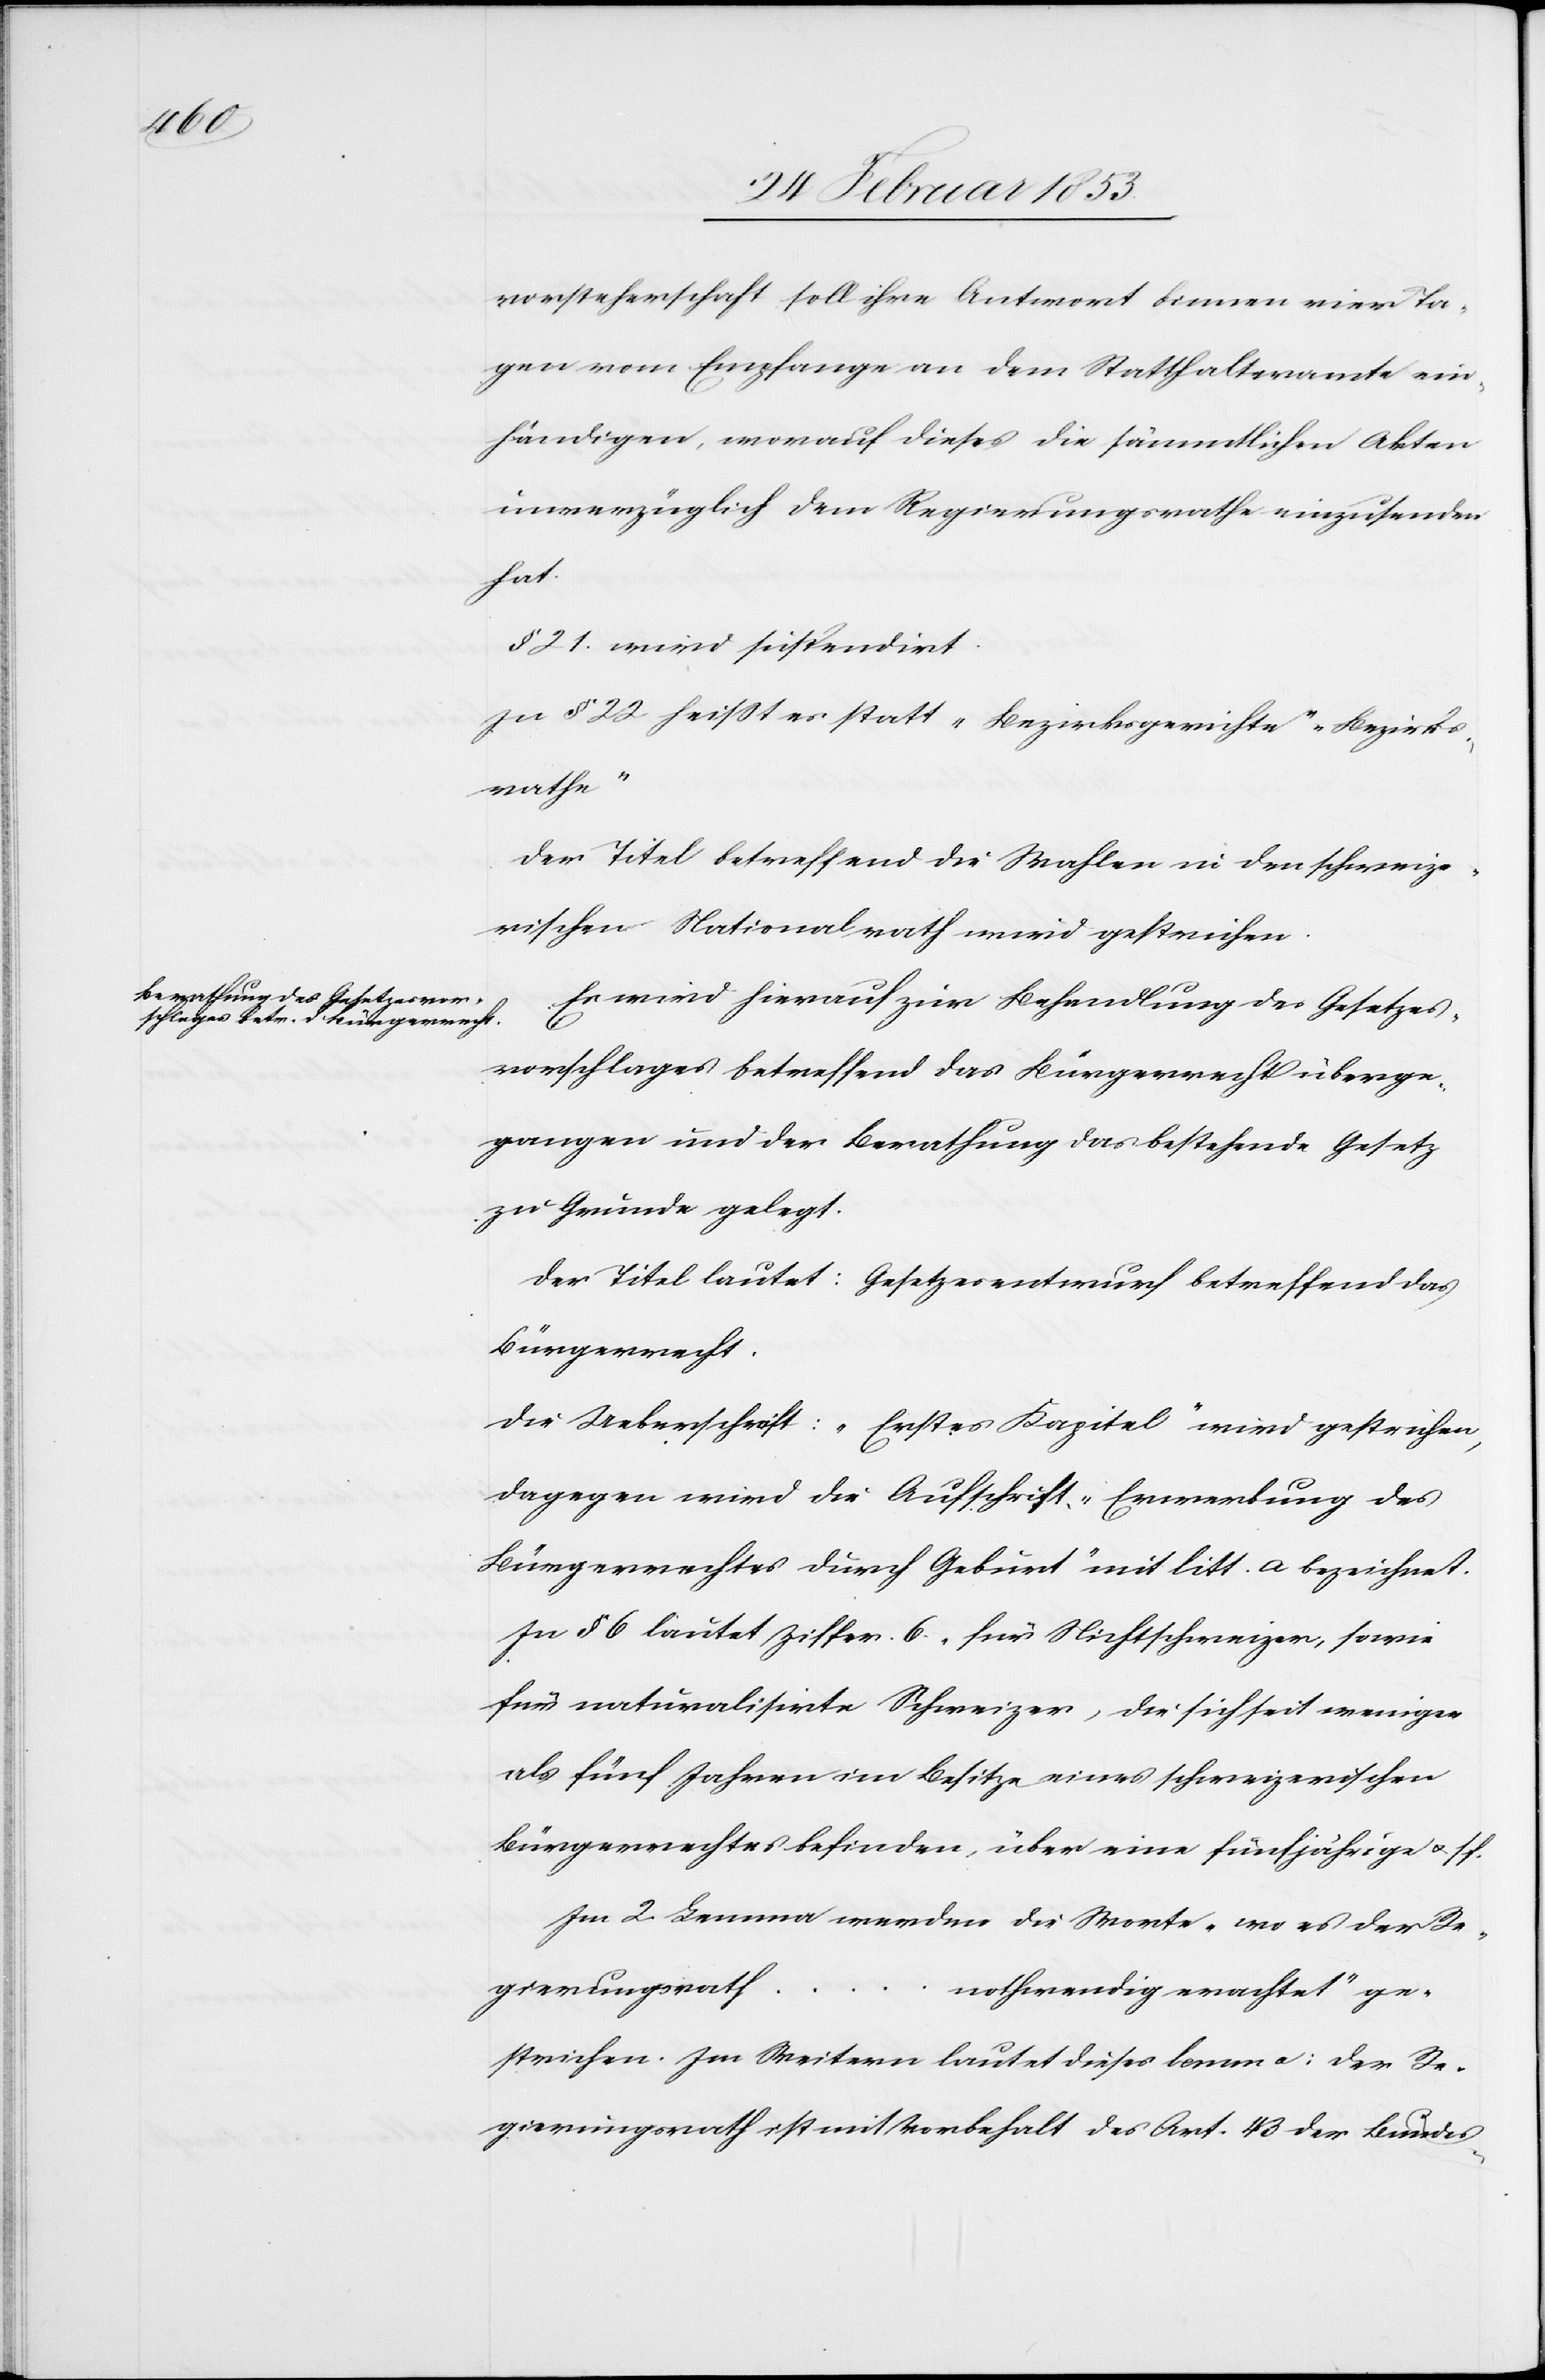
vorsteherschaft soll ihre Antwort binnen vier Ta¬
gen vom Empfange an dem Statthalteramte ein¬
händigen, worauf diese die sämmtlichen Akten
unverzüglich dem Regierungsrathe einzusenden
hat.
§ 21 wird suspendirt.
In § 22 heißt es statt “Bezirksgericht“ “Bezirks¬
rathe“
Der Titel betreffend die Wahlen in den schweize¬
rischen Nationalrath wird gestrichen.
Es wird hierauf zur Behandlung des Gesetzes¬
vorschlages betreffend das Bürgerrecht überge¬
gangen und der Berathung das bestehende Gesetz
zu Grunde gelegt.
Der Titel lautet: Gesetzesentwurf betreffend das
Bürgerrecht.
Die Ueberschrift: „Erstes Kapitel“ wird gestrichen,
dagegen wird die Aufschrift „Erwerbung des
Bürgerrechtes durch Geburt“ mit litt. a bezeichnet.
In § 6 lautet Ziffer 6 „für Nichtschweizer, sowie
für naturalisirte Schweizer, die sich seit weniger
als fünf Jahren im Besitze eines schweizerischen
Bürgerrechtes befinden, über eine fünfjährige u. ff.
Im 2. Lemma werden die Worte „wo es der Re¬
gierungsrat¬
h…nothwendig erachtet“ ge¬
strichen. Im Weitern lautet dieses Lemma: Der Re¬
gierungsrath ist mit Vorbehalt des Art. 43 der Bundes-